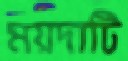
ময়দাটি